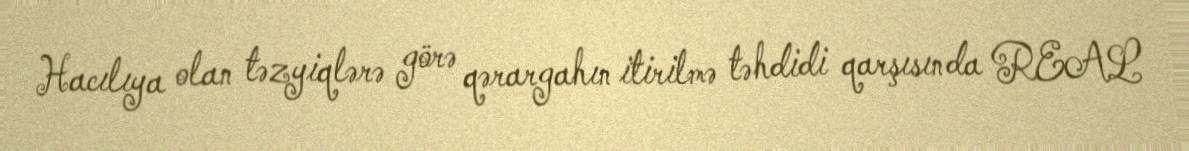
Hacılıya olan təzyiqlərə görə qərargahın itirilmə təhdidi qarşısında REAL